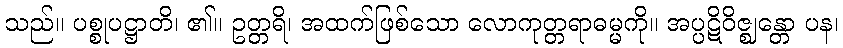
သည်။ ပစ္စုပဋ္ဌာတိ၊ ၏။ ဥတ္တရိ၊ အထက်ဖြစ်သော လောကုတ္တရာဓမ္မကို။ အပ္ပဋိဝိဇ္ဈန္တော ပန၊